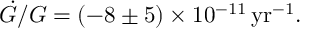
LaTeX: \dot { G } / G = ( - 8 \pm 5 ) \times 1 0 ^ { - 1 1 } \, \mathrm { y r } ^ { - 1 } .